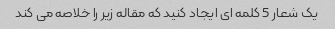
یک شعار 5 کلمه ای ایجاد کنید که مقاله زیر را خلاصه می کند